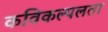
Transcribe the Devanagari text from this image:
कविकल्पलता